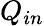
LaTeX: Q_{in}